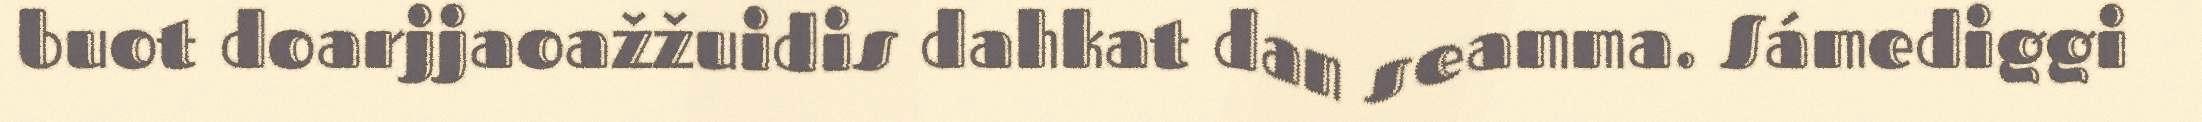
buot doarjjaoažžuidis dahkat dan seamma. Sámediggi